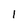
Character: l